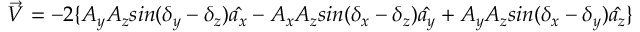
\Vec { V } = - 2 \{ A _ { y } A _ { z } s i n ( \delta _ { y } - \delta _ { z } ) \hat { a _ { x } } - A _ { x } A _ { z } s i n ( \delta _ { x } - \delta _ { z } ) \hat { a _ { y } } + A _ { y } A _ { z } s i n ( \delta _ { x } - \delta _ { y } ) \hat { a _ { z } } \}